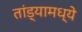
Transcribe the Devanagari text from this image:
तांड्यामध्ये